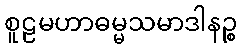
စူဠမဟာဓမ္မသမာဒါနဉ္စ